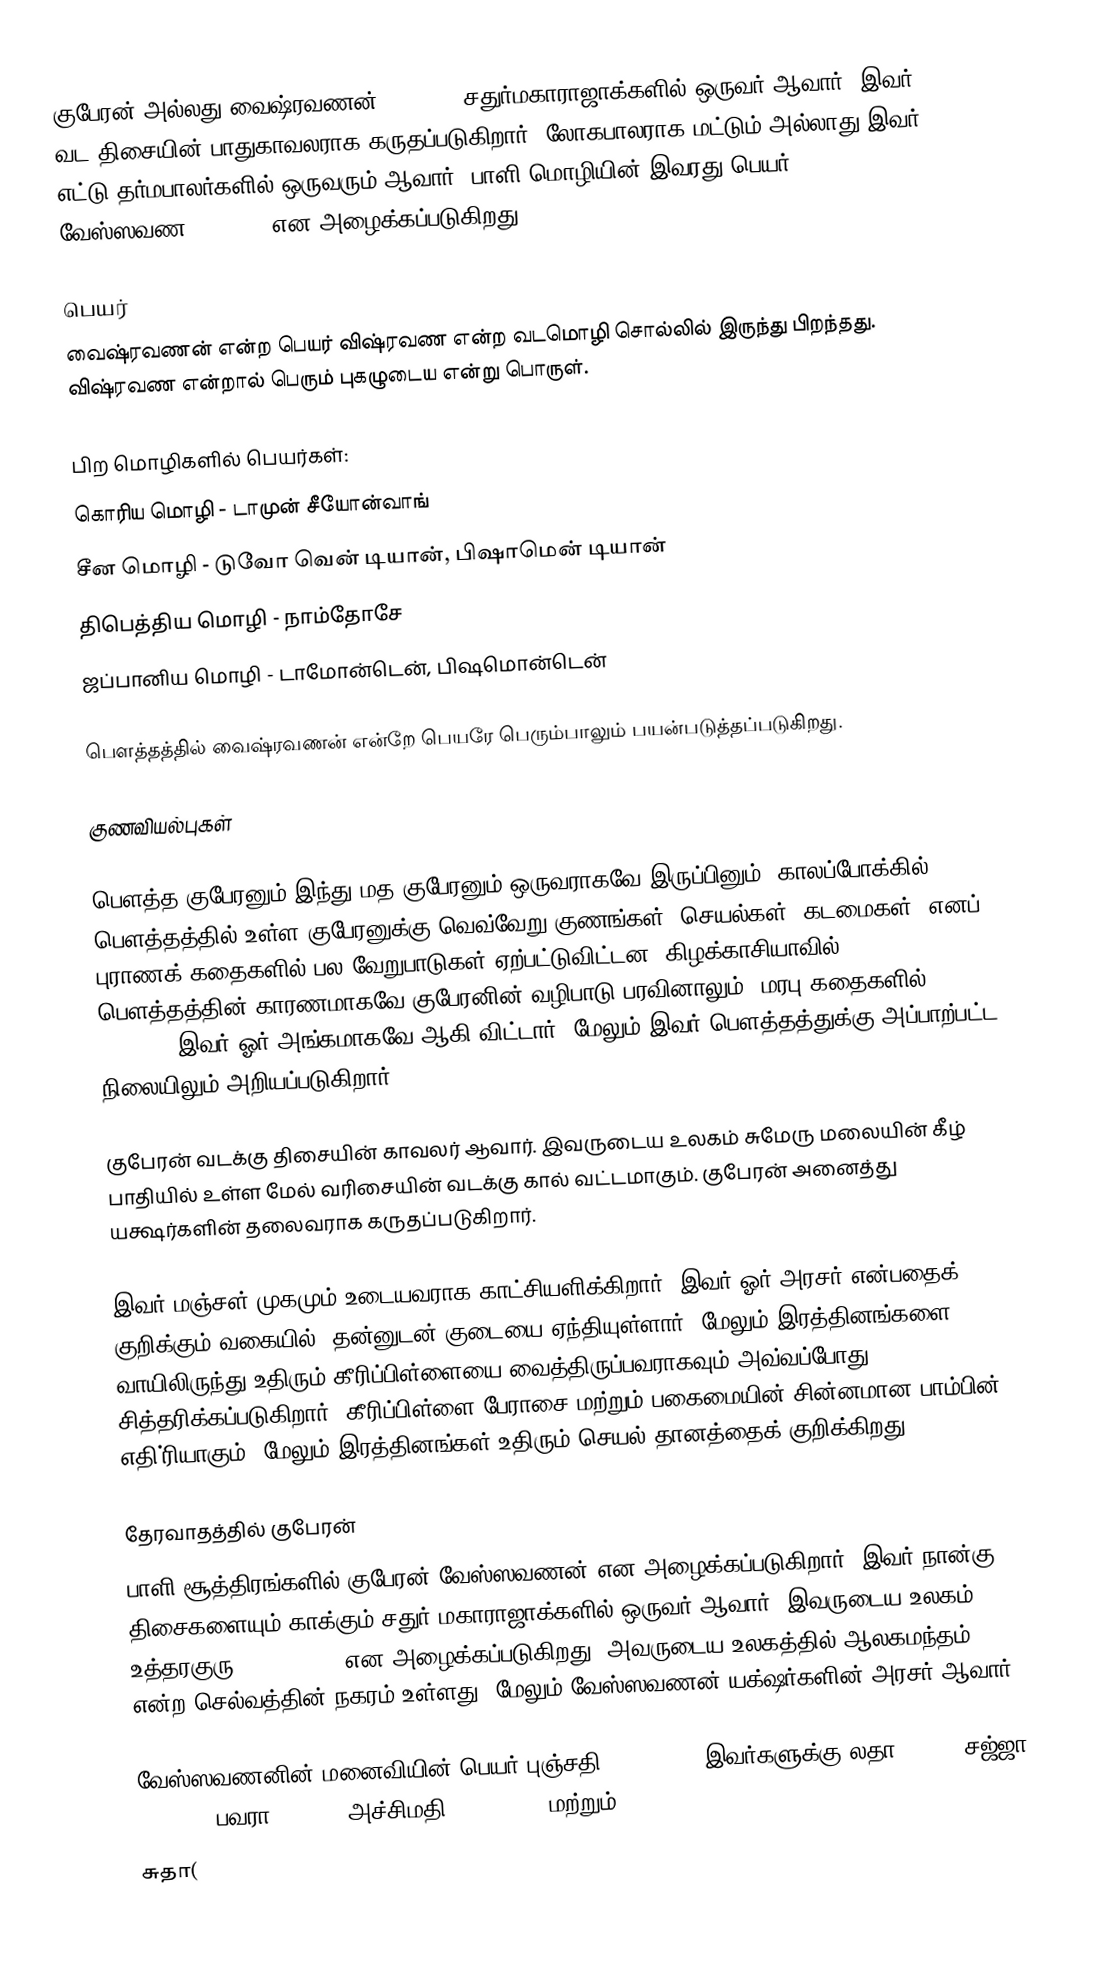
குபேரன் அல்லது வைஷ்ரவணன்(वैश्रवण) சதுர்மகாராஜாக்களில் ஒருவர் ஆவார். இவர் வட திசையின் பாதுகாவலராக கருதப்படுகிறார். லோகபாலராக மட்டும் அல்லாது இவர் எட்டு தர்மபாலர்களில் ஒருவரும் ஆவார். பாளி மொழியின் இவரது பெயர் வேஸ்ஸவண(वेस्सवण) என அழைக்கப்படுகிறது.

பெயர்
வைஷ்ரவணன் என்ற பெயர் விஷ்ரவண என்ற வடமொழி சொல்லில் இருந்து பிறந்தது. விஷ்ரவண என்றால் பெரும் புகழுடைய என்று பொருள்.

பிற மொழிகளில் பெயர்கள்:
 கொரிய மொழி - டாமுன் சீயோன்வாங்
 சீன மொழி - டுவோ வென் டியான், பிஷாமென் டியான்
 திபெத்திய மொழி - நாம்தோசே
 ஜப்பானிய மொழி - டாமோன்டென், பிஷமொன்டென்

பௌத்தத்தில் வைஷ்ரவணன் என்றே பெயரே பெரும்பாலும் பயன்படுத்தப்படுகிறது.

குணவியல்புகள்

பௌத்த குபேரனும் இந்து மத குபேரனும் ஒருவராகவே இருப்பினும், காலப்போக்கில் பௌத்தத்தில் உள்ள குபேரனுக்கு வெவ்வேறு குணங்கள், செயல்கள், கடமைகள், எனப் புராணக் கதைகளில் பல வேறுபாடுகள் ஏற்பட்டுவிட்டன. கிழக்காசியாவில் பௌத்தத்தின் காரணமாகவே குபேரனின் வழிபாடு பரவினாலும், மரபு கதைகளில்(Folk Stories) இவர் ஓர் அங்கமாகவே ஆகி விட்டார். மேலும் இவர் பௌத்தத்துக்கு அப்பாற்பட்ட நிலையிலும் அறியப்படுகிறார்.

குபேரன் வடக்கு திசையின் காவலர் ஆவார். இவருடைய உலகம் சுமேரு மலையின் கீழ் பாதியில் உள்ள மேல் வரிசையின் வடக்கு கால் வட்டமாகும். குபேரன் அனைத்து யக்ஷர்களின் தலைவராக கருதப்படுகிறார்.

இவர் மஞ்சள் முகமும் உடையவராக காட்சியளிக்கிறார். இவர் ஓர் அரசர் என்பதைக் குறிக்கும் வகையில், தன்னுடன் குடையை ஏந்தியுள்ளார். மேலும் இரத்தினங்களை வாயிலிருந்து உதிரும் கீரிப்பிள்ளையை வைத்திருப்பவராகவும் அவ்வப்போது சித்தரிக்கப்படுகிறார். கீரிப்பிள்ளை பேராசை மற்றும் பகைமையின் சின்னமான பாம்பின் எதி்ரியாகும். மேலும் இரத்தினங்கள் உதிரும் செயல் தானத்தைக் குறிக்கிறது.

தேரவாதத்தில் குபேரன்
பாளி சூத்திரங்களில் குபேரன் வேஸ்ஸவணன் என அழைக்கப்படுகிறார். இவர் நான்கு திசைகளையும் காக்கும் சதுர் மகாராஜாக்களில் ஒருவர் ஆவார். இவருடைய உலகம் உத்தரகுரு (उत्तरकुरु) என அழைக்கப்படுகிறது. அவருடைய உலகத்தில் ஆலகமந்தம் என்ற செல்வத்தின் நகரம் உள்ளது. மேலும் வேஸ்ஸவணன் யக்‌ஷர்களின் அரசர் ஆவார்.

வேஸ்ஸவணனின் மனைவியின் பெயர் புஞ்சதி (भुञ्जती). இவர்களுக்கு லதா (लता), சஜ்ஜா (सज्जा), பவரா (पवरा), அச்சிமதி (अच्चिमती) மற்றும்
சுதா(